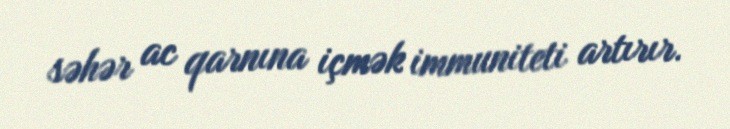
səhər ac qarnına içmək immuniteti artırır.